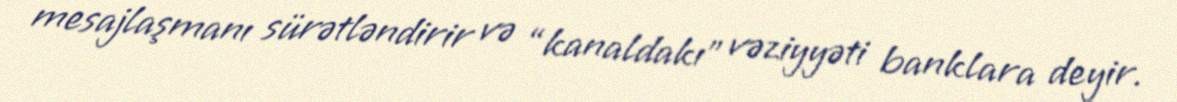
mesajlaşmanı sürətləndirir və “kanaldakı” vəziyyəti banklara deyir.